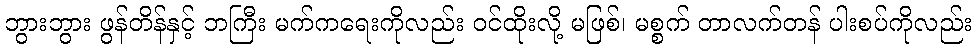
ဘွားဘွား ဖွန်တိန်နှင့် ဘကြီး မက်ကရေးကိုလည်း ဝင်ထိုးလို့ မဖြစ်၊ မစ္စက် တာလက်တန် ပါးစပ်ကိုလည်း